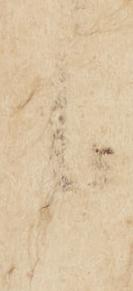
候